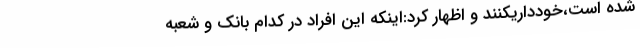
شده است،خودداریکنند و اظهار کرد:اینکه این افراد در کدام بانک و شعبه